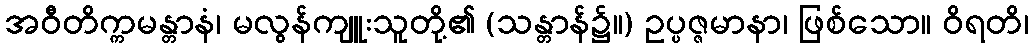
အဝီတိက္ကမန္တာနံ၊ မလွန်ကျူးသူတို့၏ (သန္တာန်၌။) ဥပ္ပဇ္ဇမာနာ၊ ဖြစ်သော။ ဝိရတိ၊